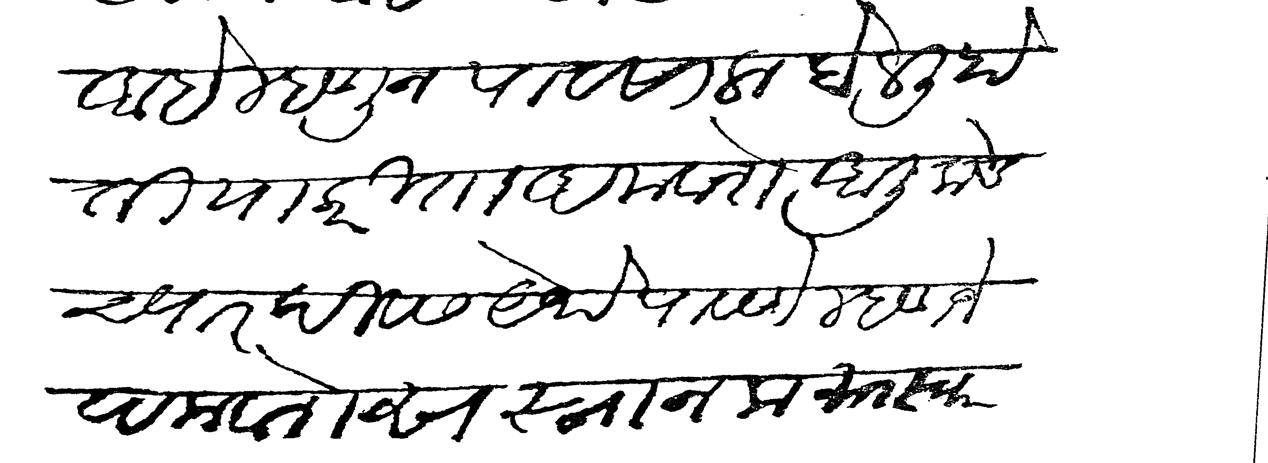
Transliteration (Devanagari): आहे म्हणून पावसाला बोलली होती याकरिता अमवाशे आलीकडे च्यार दिवस येथे पावणे म्हणजे अमवाशेस स्नान करून स्वार